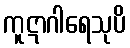
ကူဋာဂါရေသုပိ